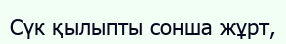
Сүк қылыпты сонша жұрт,